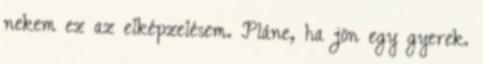
nekem ez az elképzelésem. Pláne, ha jön egy gyerek.